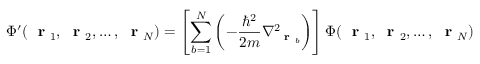
\Phi ^ { \prime } ( \mathrm { ~ \bf ~ r ~ } _ { 1 } , \mathrm { ~ \bf ~ r ~ } _ { 2 } , \dots , \mathrm { ~ \bf ~ r ~ } _ { N } ) = \left[ \sum _ { b = 1 } ^ { N } \left( - \frac { \hbar ^ { 2 } } { 2 m } \nabla _ { \mathrm { ~ \bf ~ r ~ } _ { b } } ^ { 2 } \right) \right] \Phi ( \mathrm { ~ \bf ~ r ~ } _ { 1 } , \mathrm { ~ \bf ~ r ~ } _ { 2 } , \dots , \mathrm { ~ \bf ~ r ~ } _ { N } )